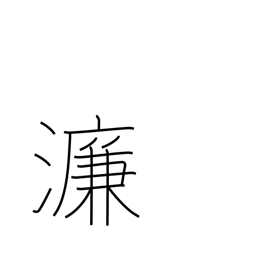
Meaning: name of Chinese river